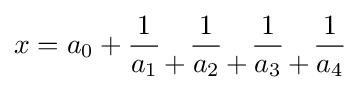
x=a_{0}+{1 \over a_{1}}{{} \atop +}{1 \over a_{2}}{{} \atop +}{1 \over a_{3}}{{} \atop +}{1 \over a_{4}}